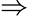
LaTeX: \Rightarrow